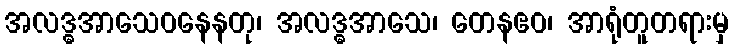
အလဒ္ဓအာသေဝနေနတု၊ အလဒ္ဓအာသေ၊ တေနဧဝ၊ အာရုံတူတရားမှ